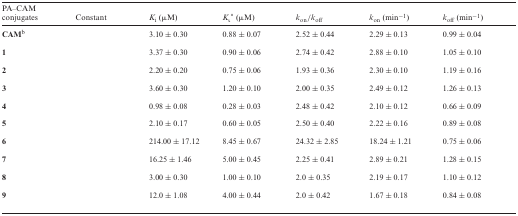
<table><thead><tr><td><b>PA–CAM conjugates</b></td><td><b>Constant</b></td><td><b><i>K</i><sub>i</sub> (μM)</b></td><td><b><i>K</i><sub>ι</sub>* (μM)</b></td><td><b><i>k</i><sub>on</sub>/<i>k</i><sub>off</sub></b></td><td><b><i>k</i><sub>on</sub> (min<sup>−1</sup>)</b></td><td><b><i>k</i><sub>off</sub> (min<sup>−1</sup>)</b></td></tr></thead><tbody><tr><td><b>CAM</b><sup>b</sup></td><td></td><td>3.10 ± 0.30</td><td>0.88 ± 0.07</td><td>2.52 ± 0.44</td><td>2.29 ± 0.13</td><td>0.99 ± 0.04</td></tr><tr><td><b>1</b></td><td></td><td>3.37 ± 0.30</td><td>0.90 ± 0.06</td><td>2.74 ± 0.42</td><td>2.88 ± 0.10</td><td>1.05 ± 0.10</td></tr><tr><td><b>2</b></td><td></td><td>2.20 ± 0.20</td><td>0.75 ± 0.06</td><td>1.93 ± 0.36</td><td>2.30 ± 0.10</td><td>1.19 ± 0.16</td></tr><tr><td><b>3</b></td><td></td><td>3.60 ± 0.30</td><td>1.20 ± 0.10</td><td>2.00 ± 0.35</td><td>2.49 ± 0.12</td><td>1.26 ± 0.13</td></tr><tr><td><b>4</b></td><td></td><td>0.98 ± 0.08</td><td>0.28 ± 0.03</td><td>2.48 ± 0.42</td><td>2.10 ± 0.12</td><td>0.66 ± 0.09</td></tr><tr><td><b>5</b></td><td></td><td>2.10 ± 0.17</td><td>0.60 ± 0.05</td><td>2.50 ± 0.40</td><td>2.22 ± 0.16</td><td>0.89 ± 0.08</td></tr><tr><td><b>6</b></td><td></td><td>214.00 ± 17.12</td><td>8.45 ± 0.67</td><td>24.32 ± 2.85</td><td>18.24 ± 1.21</td><td>0.75 ± 0.06</td></tr><tr><td><b>7</b></td><td></td><td>16.25 ± 1.46</td><td>5.00 ± 0.45</td><td>2.25 ± 0.41</td><td>2.89 ± 0.21</td><td>1.28 ± 0.15</td></tr><tr><td><b>8</b></td><td></td><td>3.00 ± 0.30</td><td>1.00 ± 0.10</td><td>2.0 ± 0.35</td><td>2.19 ± 0.17</td><td>1.10 ± 0.12</td></tr><tr><td><b>9</b></td><td></td><td>12.0 ± 1.08</td><td>4.00 ± 0.44</td><td>2.0 ± 0.42</td><td>1.67 ± 0.18</td><td>0.84 ± 0.08</td></tr></tbody></table>